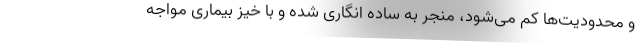
و محدودیت‌ها کم می‌شود، منجر به ساده انگاری شده و با خیز بیماری مواجه